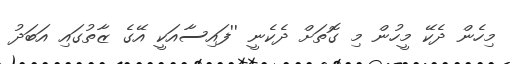
މިހެން ދެކޭ މީހުން މި ގޮތަށް ދެކެނީ ''ފައިސާއަކީ އޭގެ ޒާތުގައި އަބަދު